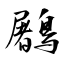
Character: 鷵